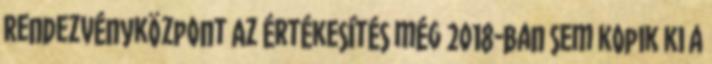
Rendezvényközpont Az értékesítés még 2018-ban sem kopik ki a